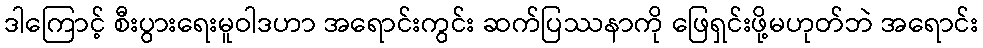
ဒါကြောင့် စီးပွားရေးမူဝါဒဟာ အရောင်းကွင်း ဆက်ပြဿနာကို ဖြေရှင်းဖို့မဟုတ်ဘဲ အရောင်း